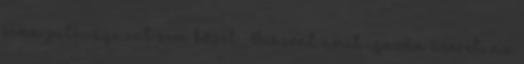
sima jutsuágazat sem közel. Viszont amit igazán szeret, az